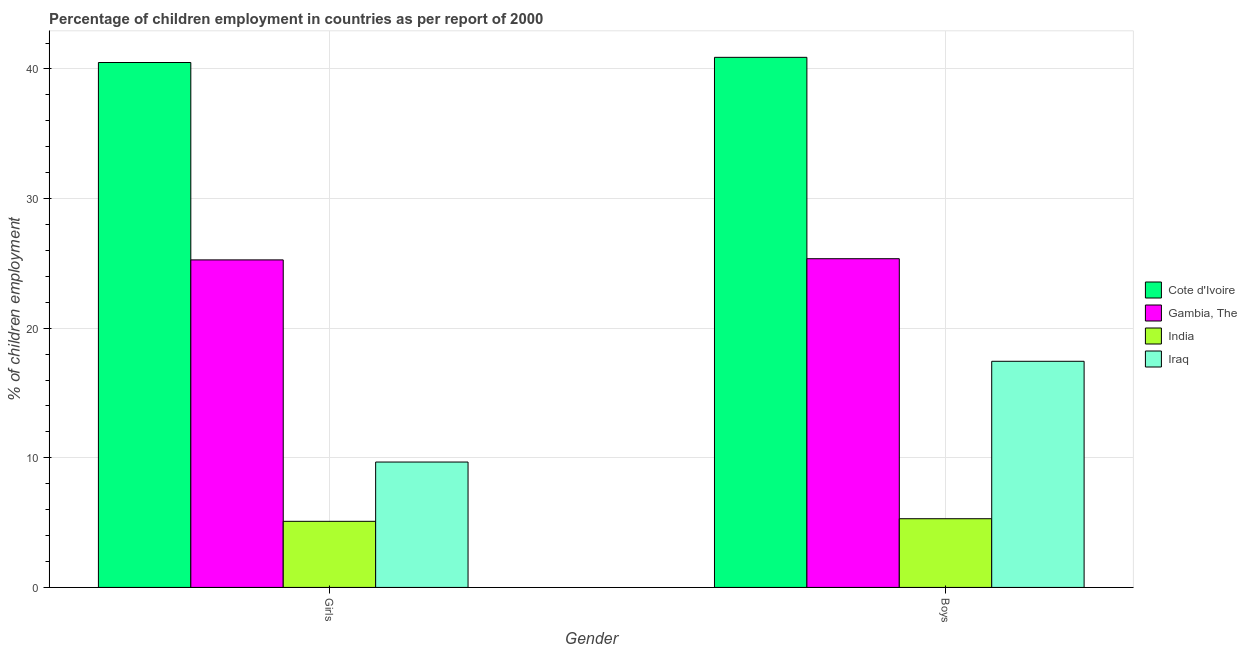
| Gender | Cote d'Ivoire | Gambia, The | India | Iraq |
 | --- | --- | --- | --- | --- |
 | Girls | 40.5 | 25.3 | 5.1 | 9.67 |
 | Boys | 40.9 | 25.4 | 5.3 | 17.4 |